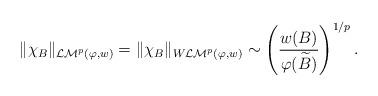
LaTeX: \begin{align*}\|\chi_B\|_{\mathcal {LM}^{p}(\varphi,w)}=\|\chi_B\|_{W\mathcal {LM}^{p}(\varphi,w)}\sim \left(\frac{w(B)}{\varphi(\widetilde{B})}\right)^{1/p}.\end{align*}